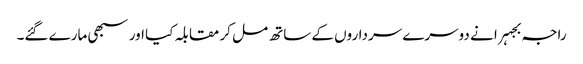
راجہ بجہرا نے دوسرے سرداروں کے ساتھ مل کر مقابلہ کیا اور سبھی مارے گئے۔